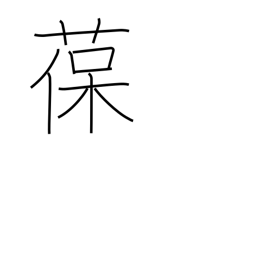
Meaning: adhere to